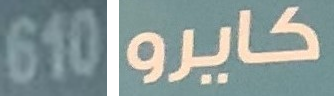
610 كايرو